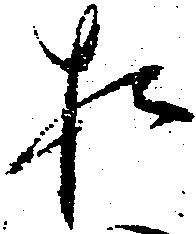
お